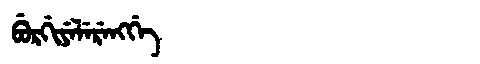
Manchu: ᠪᡠᡵᡤᡳᠶᡝᠯᡝᡵᡝᠩᡤᡝ
Romanization: BURGIYELERENGGE